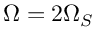
\Omega = 2 \Omega _ { S }